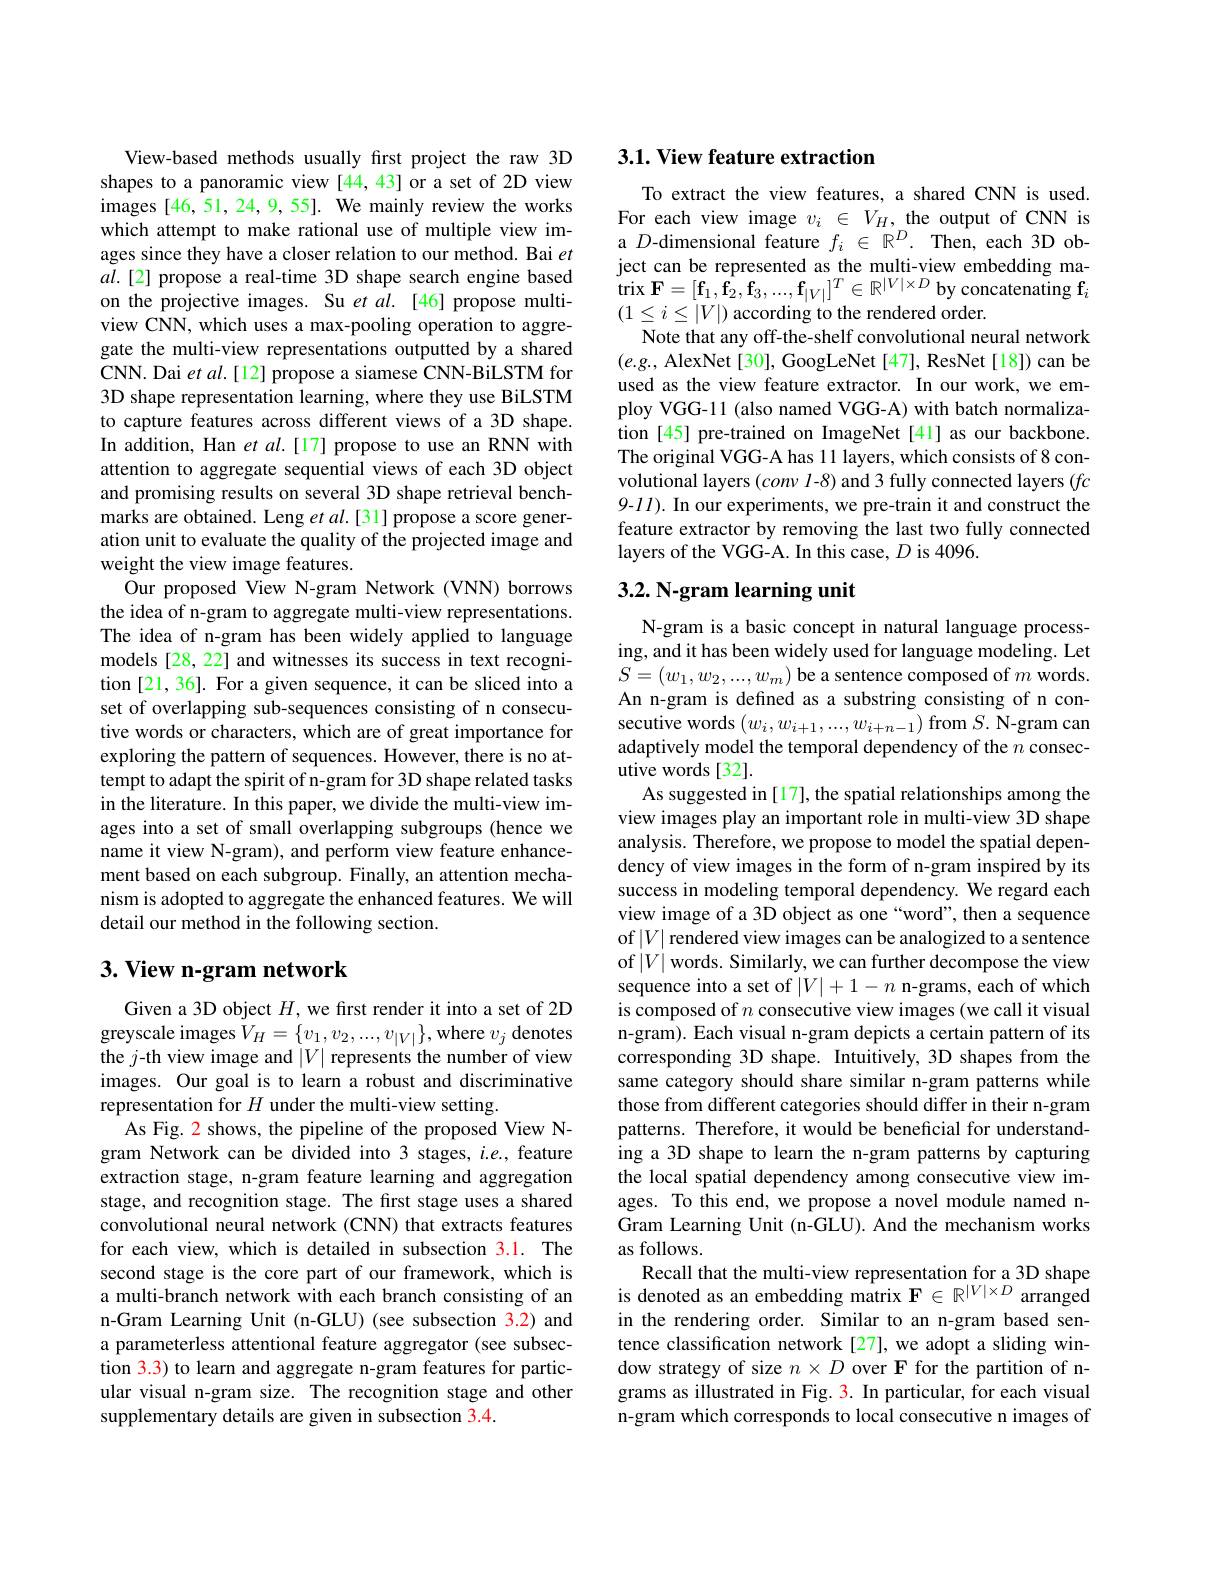
View-based methods usually first project the raw 3D shapes to a panoramic view [44, 43] or a set of 2D view images [46,51,24,9,55]. We mainly review the works which attempt to make rational use of multiple view images since they have a closer relation to our method. Bai $et$ $al.[2]$ propose a real-time 3D shape search engine based on the projective images. Su et al.[46] propose multiview CNN, which uses a max-pooling operation to aggregate the multi-view representations outputted by a shared CNN. Dai et $al.[12]$ propose a siamese CNN-BiLSTM for 3D shape representation learning, where they use BiLSTM to capture features across different views of a 3D shape. In addition, Han et $al.[17]$ propose to use an RNN with attention to aggregate sequential views of each 3D object and promising results on several 3D shape retrieval benchmarks are obtained. Leng $etal.[31]$ propose a score generation unit to evaluate the quality of the projected image and weight the view image features.
Our proposed View N-gram Network (VNN) borrows the idea of n-gram to aggregate multi-view representations. The idea of n-gram has been widely applied to language models [28, 22] and witnesses its success in text recognition [21,36]. For a given sequence, it can be sliced into a set of overlapping sub-sequences consisting of n consecutive words or characters, which are of great importance for exploring the pattern of sequences. However, there is no attempt to adapt the spirit of n-gram for 3D shape related tasks in the literature. In this paper, we divide the multi-view images into a set of small overlapping subgroups (hence we name it view N-gram), and perform view feature enhancement based on each subgroup. Finally, an attention mechanism is adopted to aggregate the enhanced features. We will detail our method in the following section.

## $3. \textbf{ View n- gram network}$

Given a 3D object $H$, we first render it into a set of 2D $\mathop{\text{greyscale images}}V_{H}=\{v_{1},v_{2},...,v_{|V|}\},\mathop{\text{where }v_{j}}\mathop{\text{denotes}}$ the $j$-th view image and $|V|$ represents the number of view images. Our goal is to learn a robust and discriminative representation for $H$ under the multi-view setting.
As Fig. 2 shows, the pipeline of the proposed View Ngram Network can be divided into 3 stages, $i.e.$, feature extraction stage, n-gram feature learning and aggregation stage, and recognition stage. The first stage uses a shared convolutional neural network (CNN) that extracts features for each view, which is detailed in subsection 3.1. The second stage is the core part of our framework, which is a multi-branch network with each branch consisting of an n-Gram Learning Unit (n-GLU) (see subsection 3.2) and a parameterless attentional feature aggregator (see subsection 3.3) to learn and aggregate n-gram features for particular visual n-gram size. The recognition stage and other supplementary details are given in subsection 3.4.

### $3. 1. \textbf{View feature extraction}$

To extract the view features, a shared CNN is used. For each view image $v_i\in V_H$, the output of CNN is a $D$-dimensional feature $f_i\in\mathbb{R}^D.$ Then, each 3D object can be represented as the multi-view embedding ma- $\begin{array}{ll}{\mathrm{trix~F=[f_{1},f_{2},f_{3},...,f_{|V|}]^{T}\in\mathbb{R}^{|V|\times D}\text{by concatenating f}_{i}}}{array}\end{array}$ $(1\leq i\leq|V|)$ according to the rendered order.
Note that any off-the-shelf convolutional neural network $(e.g.$, AlexNet[30], GoogLeNet[47], ResNet[18]) can be used as the view feature extractor. In our work, we employ VGG-11 (also named VGG-A) with batch normalization [45] pre-trained on ImageNet [41] as our backbone. The original VGG-A has 11 layers, which consists of 8 convolutional layers (conv 1-8) and 3 fully connected layers (fc 9-11). In our experiments, we pre-train it and construct the feature extractor by removing the last two fully connected layers of the VGG-A. In this case, $D$ is 4096.

## 3.2. N-gram learning unit

N-gram is a basic concept in natural language processing, and it has been widely used for language modeling. Let $S=(w_{1},w_{2},...,w_{m})$ be a sentence composed of $m$ words. An n-gram is defined as a substring consisting of n consecutive words $(w_i,w_{i+1},...,w_{i+n-1})$ from $S.$ N-gram can adaptively model the temporal dependency of the $n$ consecutive words [32].
As suggested in [17], the spatial relationships among the view images play an important role in multi-view 3D shape analysis. Therefore, we propose to model the spatial dependency of view images in the form of n-gram inspired by its success in modeling temporal dependency. We regard each view image of a 3D object as one“word”, then a sequence of $|V|$ rendered view images can be analogized to a sentence of$\left|V\right|$words. Similarly, we can further decompose the view sequence into a set of $|V|+1-n$ n-grams, each of which is composed of $n$ consecutive view images (we call it visual n-gram). Each visual n-gram depicts a certain pattern of its corresponding 3D shape. Intuitively, 3D shapes from the same category should share similar n-gram patterns while those from different categories should differ in their n-gram patterns. Therefore, it would be beneficial for understanding a 3D shape to learn the n-gram patterns by capturing the local spatial dependency among consecutive view images. To this end, we propose a novel module named nGram Learning Unit (n-GLU). And the mechanism works as follows.
Recall that the multi-view representation for a 3D shape is denoted as an embedding matrix $\mathbf{F}\in\mathbb{R}^{|V|\times D}$ arranged in the rendering order. Similar to an n-gram based sentence classification network [27], we adopt a sliding window strategy of size $n\times D$ over F for the partition of ngrams as illustrated in Fig. 3. In particular, for each visual n-gram which corresponds to local consecutive n images of